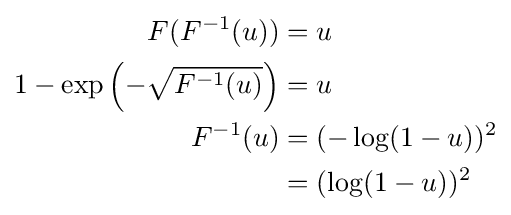
{\begin{aligned}F(F^{-1}(u))&=u\\1-\exp \left(-{\sqrt {F^{-1}(u)}}\right)&=u\\F^{-1}(u)&=(-\log(1-u))^{2}\\&=(\log(1-u))^{2}\end{aligned}}